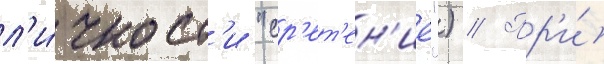
л'и́чност'и "ср'ет'ен'ие") // Пр'и́